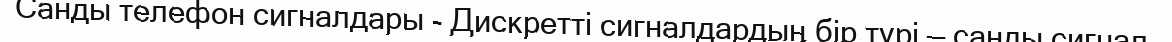
Санды телефон сигналдары - Дискретті сигналдардың бір түрі — санды сигнал.